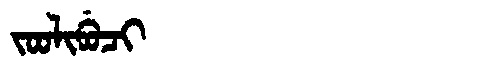
Manchu: ᠵᠣᠣᠯᡳᠪᡠᠴᡳ
Romanization: JOOLIBUCI